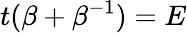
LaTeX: t(\beta+\beta^{-1})=E